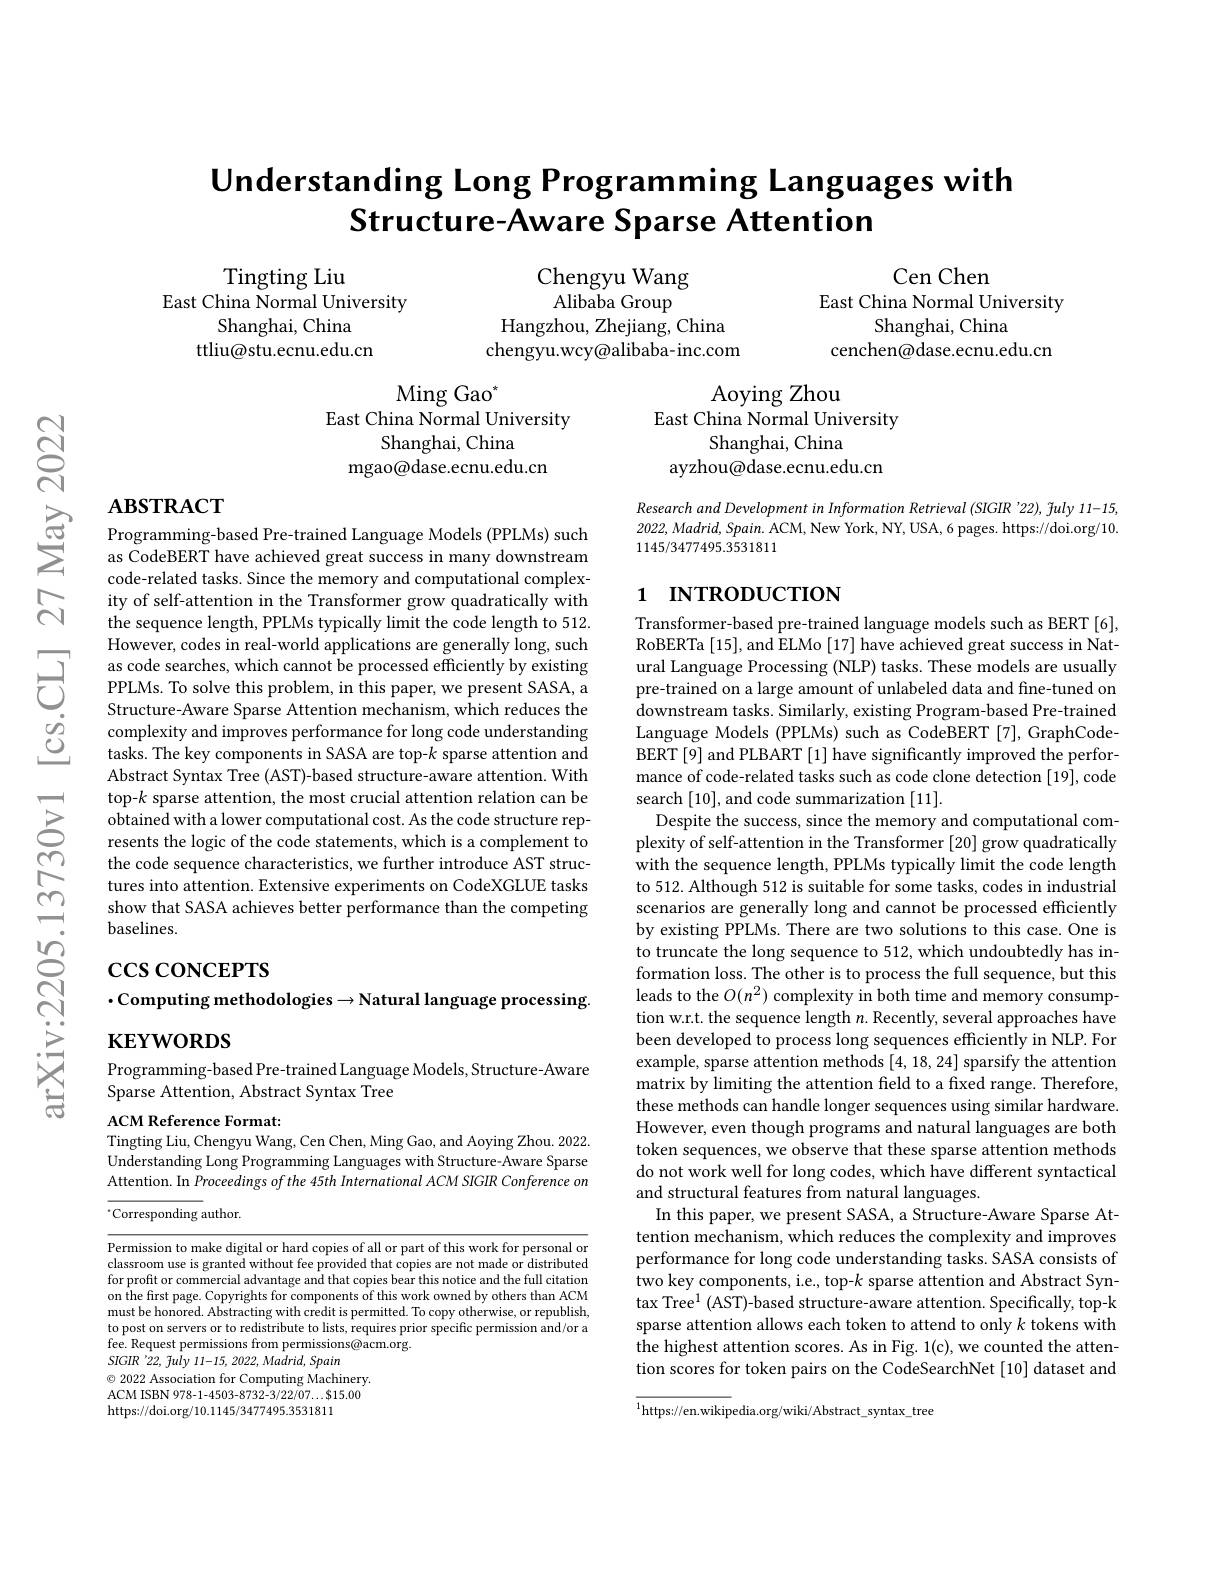
$ଟ୍ରିଁ$

# Understanding Long Programming Languages with Structure-Aware Sparse Attention

Chengyu Wang Alibaba Group
Hangzhou, Zhejiang, China chengyu.wcy@alibaba-inc.com

Cen Chen
East China Normal University
Shanghai, China
cenchen@dase.ecnu.edu.cn

$\operatorname{Tingting}$Liu
East China Normal University
Shanghai, China
ttliu@stu.ecnu.edu.cn

Ming Gao$^*$
East China Normal University
Shanghai, China
mgao@dase.ecnu.edu.cn

Aoying Zhou
East China Normal University
Shanghai, China
ayzhou@dase.ecnu.edu.cn

$\textbf{ABSTRACT}$ Programming- based Pre- trained Language Models ( PPLMs) such as CodeBERT have achieved great success in many downstream

Research and Development in Information Retrieval (SIGIR '22), July 11-15, 2022, Madrid, Spain. ACM, New York, NY, USA, 6 pages. https://doi.org/10. 1145/3477495.3531811

## 1 INTRODUCTION

code-related tasks. Since the memory and computational complexity of self-attention in the Transformer grow quadratically with the sequence length, PPLMs typically limit the code length to 512. However, codes in real-world applications are generally long, such as code searches, which cannot be processed efficiently by existing PPLMs. To solve this problem, in this paper, we present SASA, a Structure-Aware Sparse Attention mechanism, which reduces the complexity and improves performance for long code understanding tasks. The key components in SASA are top-$k$ sparse attention and Abstract Syntax Tree (AST)-based structure-aware attention. With top-k sparse attention, the most crucial attention relation can be obtained with a lower computational cost. As the code structure represents the logic of the code statements, which is a complement to the code sequence characteristics, we further introduce AST structures into attention. Extensive experiments on CodeXGLUE tasks show that SASA achieves better performance than the competing baselines.

# $\csc$coNCEPTS $\cdot$Computing methodologies$\to$Natural language processing. $\mathbf{KEYWORDS}$

Transformer-based pre-trained language models such as BERT [6], RoBERTa [15], and ELMo [17] have achieved great success in Natural Language Processing (NLP) tasks. These models are usually pre-trained on a large amount of unlabeled data and fine-tuned on downstream tasks. Similarly, existing Program-based Pre-trained Language Models (PPLMs) such as CodeBERT [7], GraphCodeBERT [9] and PLBART [1] have significantly improved the performance of code-related tasks such as code clone detection [19], code search [10], and code summarization [11].
Despite the success, since the memory and computational complexity of self-attention in the Transformer [20] grow quadratically with the sequence length, PPLMs typically limit the code length to 512. Although 512 is suitable for some tasks, codes in industrial scenarios are generally long and cannot be processed efficiently by existing PPLMs. There are two solutions to this case. One is to truncate the long sequence to 512, which undoubtedly has information loss. The other is to process the full sequence, but this leads to the $O(n^2)$ complexity in both time and memory consumption w.r.t. the sequence length $n.$ Recently, several approaches have been developed to process long sequences efficiently in NLP. For example, sparse attention methods [4,18,24] sparsify the attention matrix by limiting the attention field to a fixed range. Therefore, these methods can handle longer sequences using similar hardware However, even though programs and natural languages are both token sequences, we observe that these sparse attention methods do not work well for long codes, which have different syntactical and structural features from natural languages.
In this paper, we present SASA, a Structure-Aware Sparse Attention mechanism, which reduces the complexity and improves performance for long code understanding tasks. SASA consists of two key components, i.e., top-k sparse attention and Abstract Syntax Tree$^1$ (AST)-based structure-aware attention. Specifically, top-k sparse attention allows each token to attend to only $k$ tokens with the highest attention scores. As in Fig. 1(c), we counted the attention scores for token pairs on the CodeSearchNet [10] dataset and $^{1}$https://en.wikipedia.org/wiki/Abstract\_syntax\_tree

Programming-based Pre-trained Language Models, Structure-Aware
Sparse Attention, Abstract Syntax Tree

ACM Reference Format
Tingting Liu, Chengyu Wang, Cen Chen, Ming Gao, and Aoying Zhou. 2022. Understanding Long Programming Languages with Structure-Aware Sparse Attention. In Proceedings of the 45th International ACM SIGIR Conference on $^{*}$Corresponding author.

Permission to make digital or hard copies of all or part of this work for personal or classroom use is granted without fee provided that copies are not made or distributed for profit or commercial advantage and that copies bear this notice and the full citation on the first page. Copyrights for components of this work owned by others than ACM must be honored. Abstracting with credit is permitted. To copy otherwise, or republish, to post on servers or to redistribute to lists, requires prior specific permission and/or a fee. Request permissions from permissions@acm.org.
SIGIR '22, fuly 11-15, 2022, Madrid, Spain
$\textcircled{\circ}$ 2022 Association for Computing Machinery. ACM ISBN 978-1-4503-8732-3/22/07...$15.00 https://doi.org/10.1145/3477495.3531811